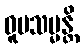
ဝူပသမ္မန္တိ